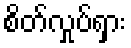
စိတ်လှုပ်ရှား